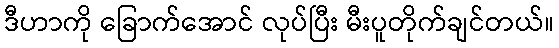
ဒီဟာကို ခြောက်အောင် လုပ်ပြီး မီးပူတိုက်ချင်တယ်။